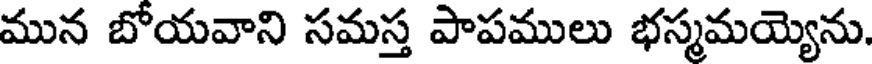
మున బోయవాని సమస్త పాపములు భస్మమయ్యెను.